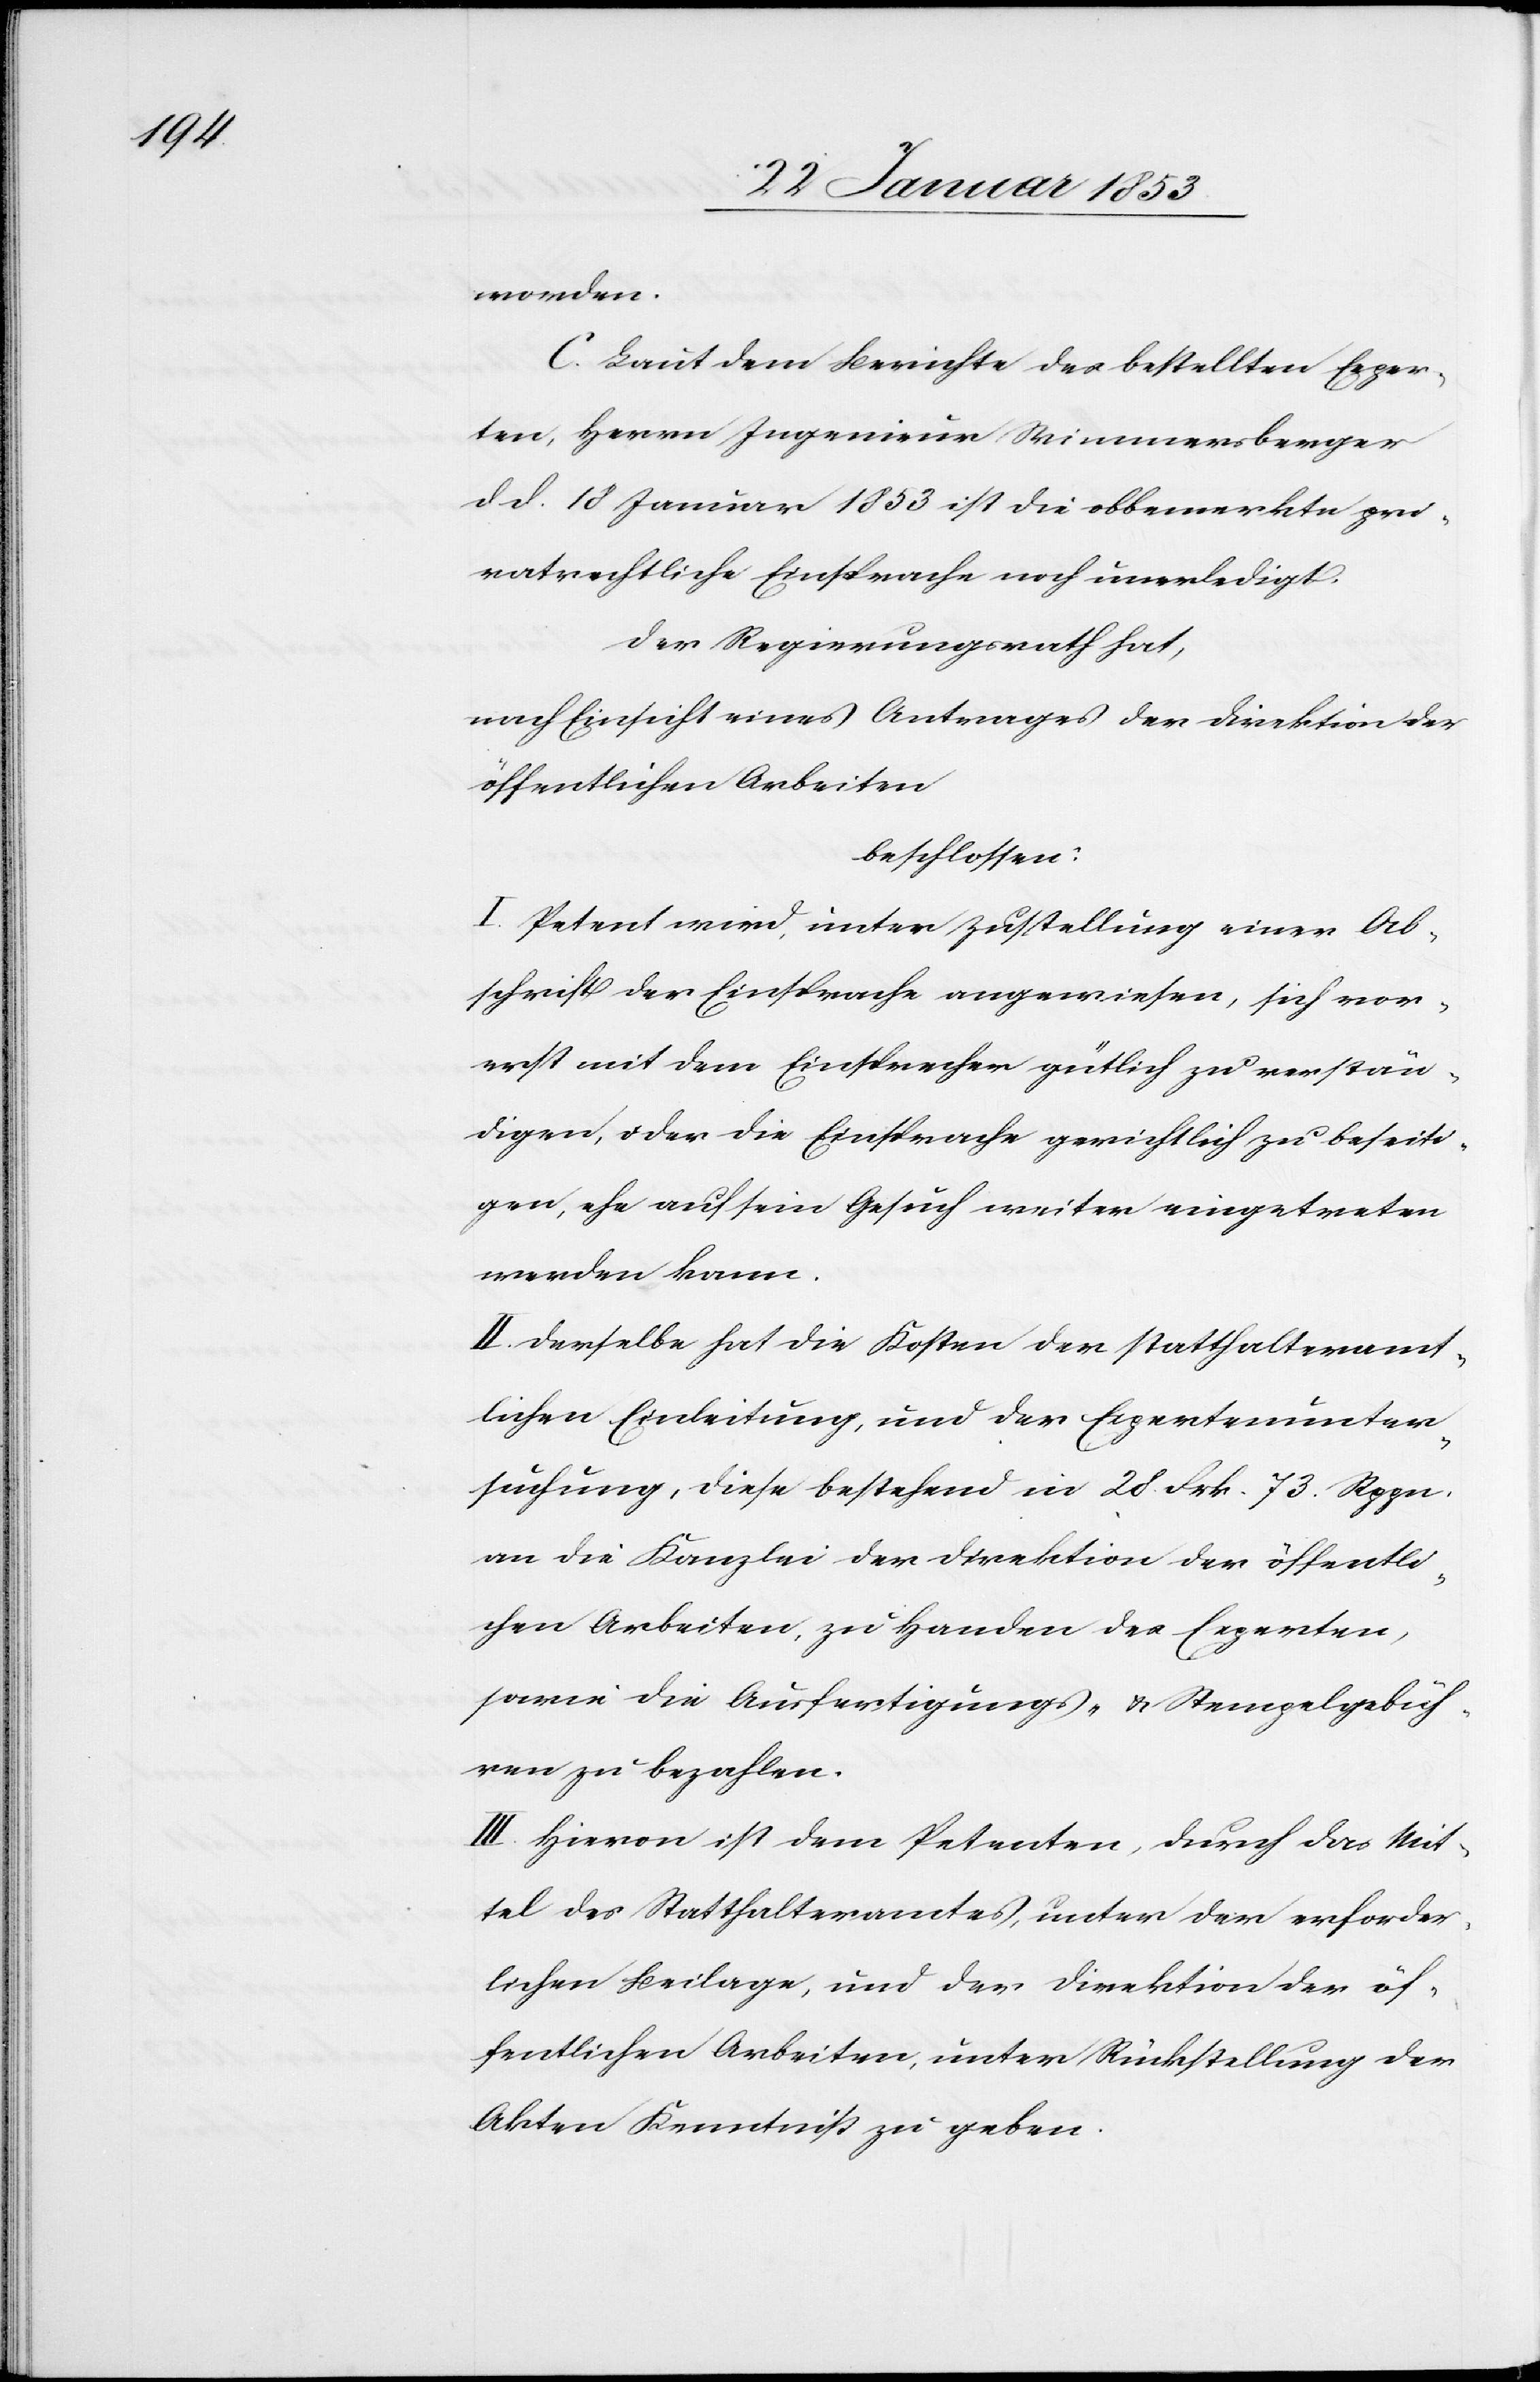
worden.
Laut dem Berichte des bestellten Exper¬
ten, Herrn Ingenieur Wimmersberger
d. d. 18 Januar 1853 ist die obbemerkte pri¬
vatrechtliche Einsprache noch unerledigt.
Der Regierungsrath hat,
nach Einsicht eines Antrages der Direktion der
öffentlichen Arbeiten
beschlossen:
I. Petent wird, unter Zustellung einer Ab¬
schrift der Einsprache angewiesen, sich vor¬
erst mit dem Einsprecher gütlich zu verstän¬
digen, oder die Einsprache gerichtlich zu beseiti¬
gen, ehe auf sein Gesuch weiter eingetreten
werden kann.
II. Derselbe hat die Kosten der statthalteramt¬
lichen Einleitung, und der Expertenunter¬
suchung, diese bestehend in 28 Frk. 73. Rppn.
an die Kanzlei der Direktion der öffentli¬
chen Arbeiten, zu Handen der Experten,
sowie die Ausfertigungs- u. Stempelgebüh¬
ren zu bezahlen.
III. Hievon ist dem Petenten, durch das Mit¬
tel des Statthalteramtes, unter der erforder¬
lichen Beilage, und der Direktion der öf¬
fentlichen Arbeiten, unter Rückstellung der
Akten Kenntniß zu geben.